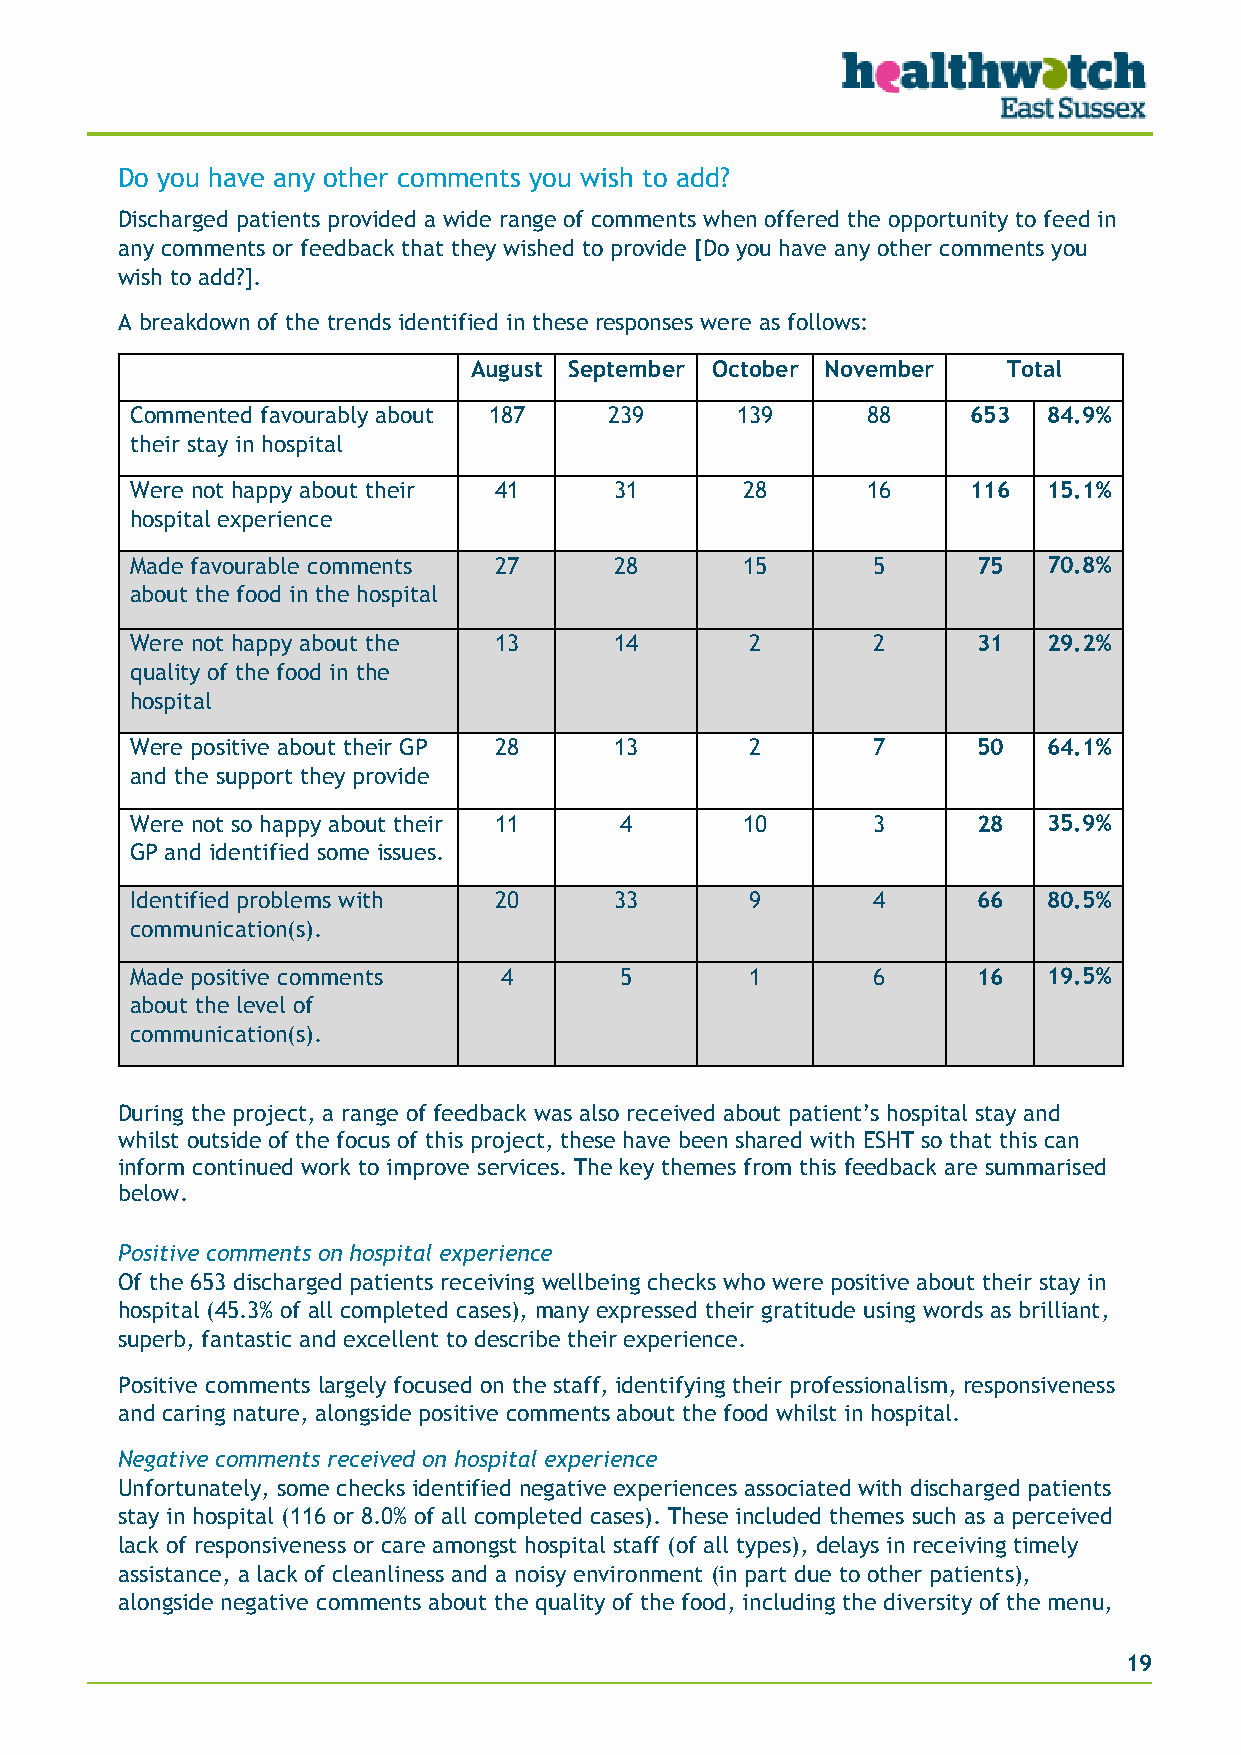
Do you have any other comments you wish to add?
 Discharged patients provided a wide range of comments when offered the opportunity to feed in
 any comments or feedback that they wished to provide [Do you have any other comments you
 wish to add?].
 A breakdown of the trends identified in these responses were as follows:
 August September October November   Total
 Commented favourably about 187 239      139     88     653  84.9%
 their stay in hospital
 Were not happy about their 41   31      28      16     116  15.1%
 hospital experience
 Made favourable comments 27     28      15       5      75  70.8%
 about the food in the hospital
 Were not happy about the 13     14       2       2      31  29.2%
 quality of the food in the
 hospital
 Were positive about their GP 28 13       2       7      50  64.1%
 and the support they provide
 Were not so happy about their 11 4      10       3      28  35.9%
 GP and identified some issues.
 Identified problems with 20     33       9       4      66  80.5%
 communication(s).
 Made positive comments  4       5        1       6      16  19.5%
 about the level of
 communication(s).
 During the project, a range of feedback was also received about patient’s hospital stay and
 whilst outside of the focus of this project, these have been shared with ESHT so that this can
 inform continued work to improve services. The key themes from this feedback are summarised
 below.
 Positive comments on hospital experience
 Of the 653 discharged patients receiving wellbeing checks who were positive about their stay in
 hospital (45.3% of all completed cases), many expressed their gratitude using words as brilliant,
 superb, fantastic and excellent to describe their experience.
 Positive comments largely focused on the staff, identifying their professionalism, responsiveness
 and caring nature, alongside positive comments about the food whilst in hospital.
 Negative comments received on hospital experience
 Unfortunately, some checks identified negative experiences associated with discharged patients
 stay in hospital (116 or 8.0% of all completed cases). These included themes such as a perceived
 lack of responsiveness or care amongst hospital staff (of all types), delays in receiving timely
 assistance, a lack of cleanliness and a noisy environment (in part due to other patients),
 alongside negative comments about the quality of the food, including the diversity of the menu,
 19